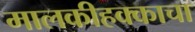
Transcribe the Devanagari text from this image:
मालकीहक्काचा